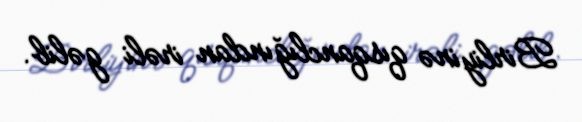
Birliyinə qısqanclığından irəli gəlib.